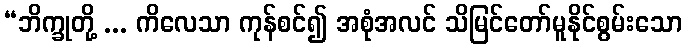
“ဘိက္ခုတို့ ... ကိလေသာ ကုန်စင်၍ အစုံအလင် သိမြင်တော်မူနိုင်စွမ်းသော